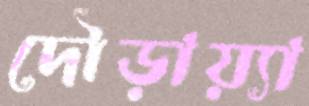
দৌড়ায়্যা